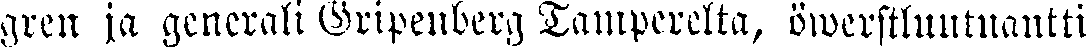
gren ja generali Gripenberg Tamperelta, öwerstluutnantti